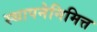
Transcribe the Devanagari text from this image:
स्थापनेनिमित्त